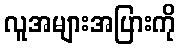
လူအများအပြားကို